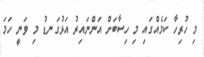
މި ހުރިހާ ކަމެއްގައި މި ހިސާބަށް އަންނައިރު އަޅުގަނޑު މި ވަނީ ހަމަ